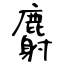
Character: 麝